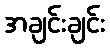
အချင်းချင်း